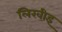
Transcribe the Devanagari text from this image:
लिखीइ